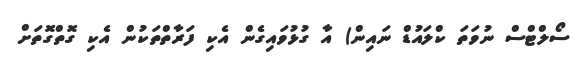
ސޯލްޓްސް ނުވަތަ ކްލައުޑް ނައިން) އާ ގުޅުވައިގެން އެކި ފަރާތްތަކުން އެކި ގޮތްގޮތަށް